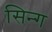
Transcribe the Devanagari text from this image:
सिन्ग